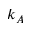
k _ { A }